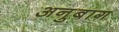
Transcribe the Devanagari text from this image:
अनुबाग